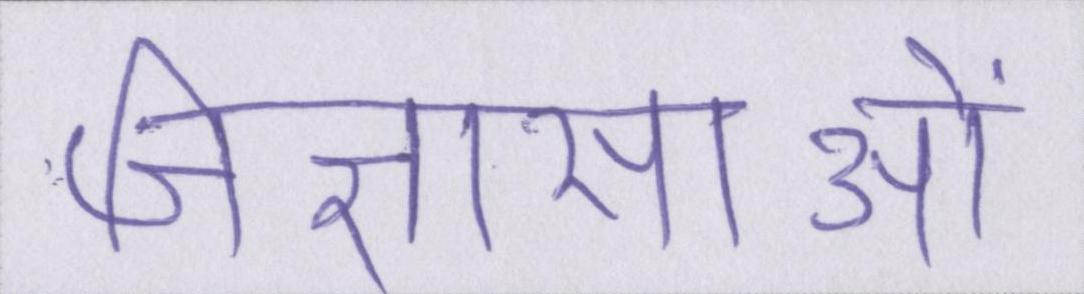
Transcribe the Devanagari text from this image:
जिज्ञासाओं